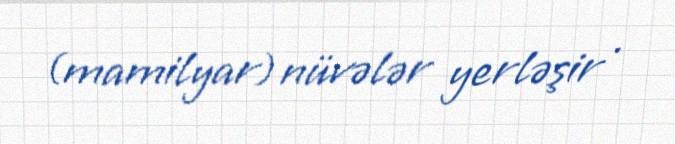
(mamilyar) nüvələr yerləşir .